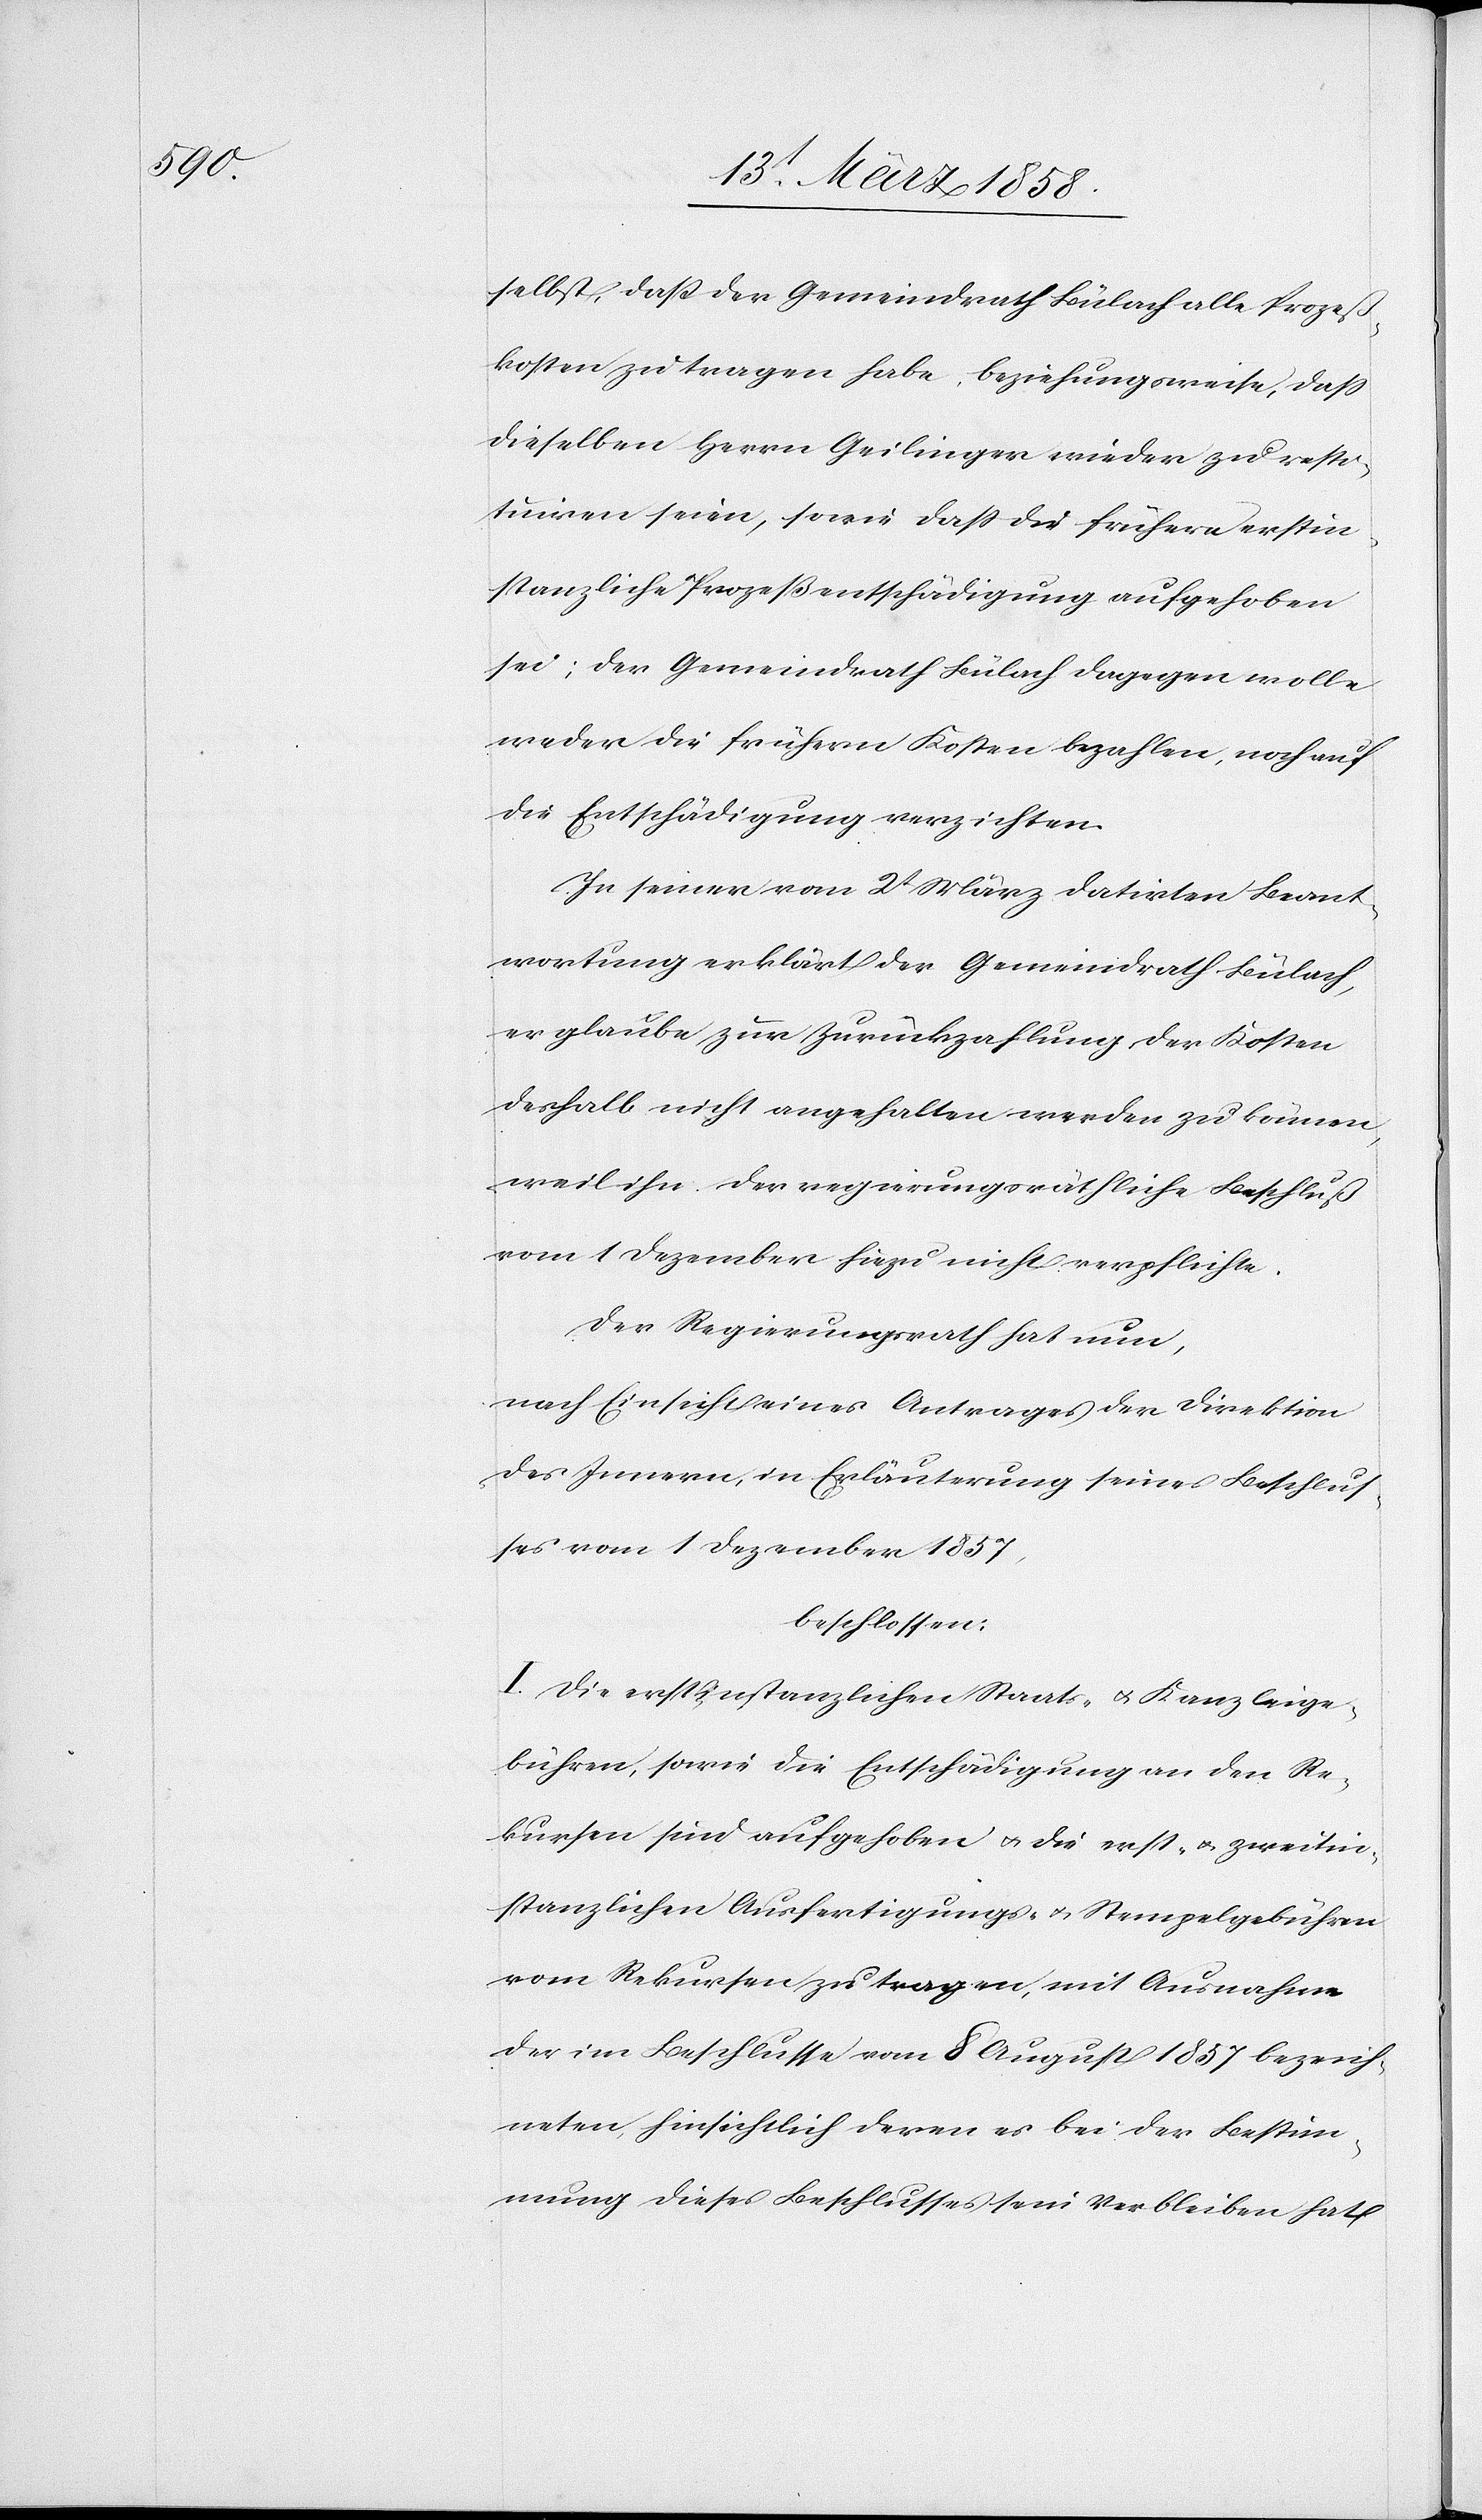
selbst, daß der Gemeindrath Bülach alle Prozeß¬
kosten zu tragen habe, beziehungsweise, daß
dieselben Herrn Geilinger wieder zu resti¬
tuiren seien, sowie daß die frühere erstin¬
stanzliche Prozeßentschädigung aufgehoben
sei; der Gemeindrath Bülach dagegen wolle
weder die frühern Kosten bezahlen, noch auf
die Entschädigung verzichten.
In seiner vom 2t März datirten Beant¬
wortung erklärt der Gemeindrath Bülach,
er glaube zur Zurückzahlung der Kosten
deshalb nicht angehalten werden zu können,
weil ihn der regierungsräthliche Beschluß
vom 1. Dezember hiezu nicht verpflichte.
Der Regierungsrath hat nun,
nach Einsicht eines Antrages der Direktion
des Innern, in Erläuterung seines Beschlus¬
ses vom 1. Dezember 1857,
beschlossen:
I. Die erstinstanzlichen Staats- u. Kanzleige¬
bühren, sowie die Entschädigung an den Re¬
kursen sind aufgehoben u. die erst- u. zweitin¬
stanzlichen Ausfertigungs- u. Stempelgebühren
vom Rekursen zu tragen, mit Ausnahme
der im Beschlusse vom 8. August 1857 bezeich¬
neten, hinsichtlich deren es bei der Bestim¬
mung dieses Beschlusses sein Verbleiben hat